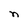
Character: n